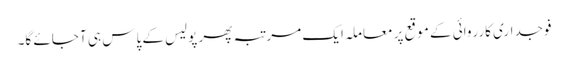
فوجداری کارروائی کے موقع پر معاملہ ایک مرتبہ پھر پولیس کے پاس ہی آ جائے گا۔